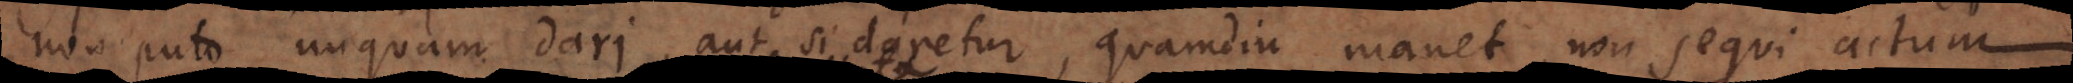
non puto unquam dari, aut si daretur, quamdiu manet, non sequi actum.